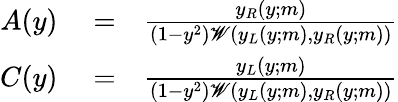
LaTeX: \begin{array}{rlr}{A(y)}&{{}=}&{\frac{y_{R}(y;m)}{(1-y^{2})\mathscr{W}(y_{L}(y;m),y_{R}(y;m))}}\\ {C(y)}&{{}=}&{\frac{y_{L}(y;m)}{(1-y^{2})\mathscr{W}(y_{L}(y;m),y_{R}(y;m))}}\end{array}